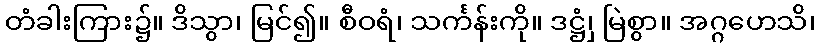
တံခါးကြား၌။ ဒိသွာ၊ မြင်၍။ စီဝရံ၊ သင်္ကန်းကို။ ဒဋ္ဌှံ၊ မြဲစွာ။ အဂ္ဂဟေသိ၊